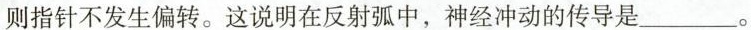
则指针不发生偏转。这说明在反射弧中，神经冲动的传导是___。